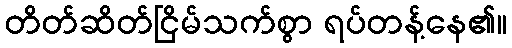
တိတ်ဆိတ်ငြိမ်သက်စွာ ရပ်တန့်နေ၏။